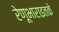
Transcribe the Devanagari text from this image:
रेणूभाराइतके